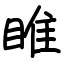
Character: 睢